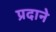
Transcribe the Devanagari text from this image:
प्रदाने